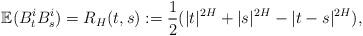
LaTeX: \begin{align*} \mathbb{E}(B_t^i B_s^i)= R_H(t,s):=\frac{1}{2}(|t|^{2H}+|s|^{2H}-|t-s|^{2H}), \end{align*}